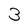
Character: 3